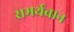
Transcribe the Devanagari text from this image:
समर्थवान